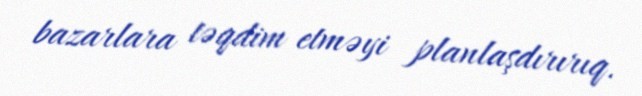
bazarlara təqdim etməyi planlaşdırırıq.